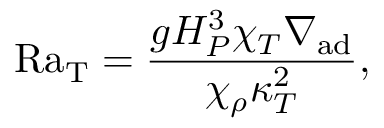
\mathrm { R a _ { T } } = { \frac { g H _ { P } ^ { 3 } \chi _ { T } \nabla _ { \mathrm { a d } } } { \chi _ { \rho } \kappa _ { T } ^ { 2 } } } ,